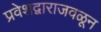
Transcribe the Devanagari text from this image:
प्रवेशद्वाराजवळून